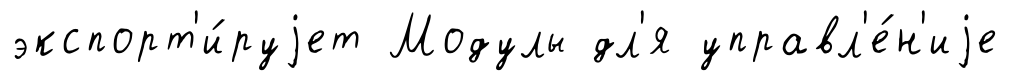
экспорт'и́руjет Модулы дл'я управл'е́н'иjе